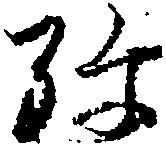
弥